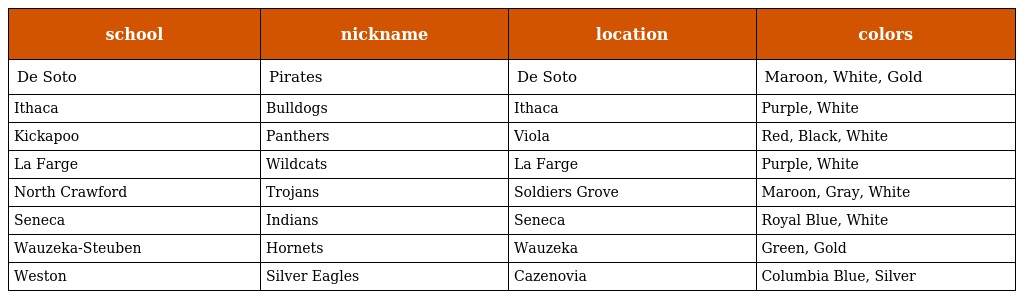
| school | nickname | location | colors |
 | --- | --- | --- | --- |
 | De Soto | Pirates | De Soto | Maroon, White, Gold |
 | Ithaca | Bulldogs | Ithaca | Purple, White |
 | Kickapoo | Panthers | Viola | Red, Black, White |
 | La Farge | Wildcats | La Farge | Purple, White |
 | North Crawford | Trojans | Soldiers Grove | Maroon, Gray, White |
 | Seneca | Indians | Seneca | Royal Blue, White |
 | Wauzeka-Steuben | Hornets | Wauzeka | Green, Gold |
 | Weston | Silver Eagles | Cazenovia | Columbia Blue, Silver |